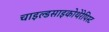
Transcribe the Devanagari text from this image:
चाइल्डसाइकोथेरेपिस्ट